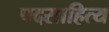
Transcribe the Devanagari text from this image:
पदसाहित्य